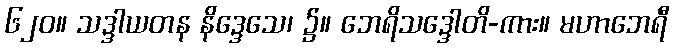
၆၂၀။ သဒ္ဒါယတန နိဒ္ဒေသေ၊ ၌။ ဘေရိသဒ္ဒေါတိ-ကား။ မဟာဘေရီ